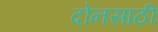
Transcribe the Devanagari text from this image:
दोनसाठी